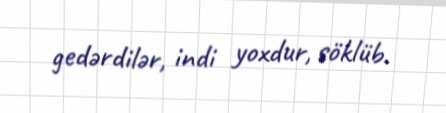
gedərdilər, indi yoxdur, söklüb.